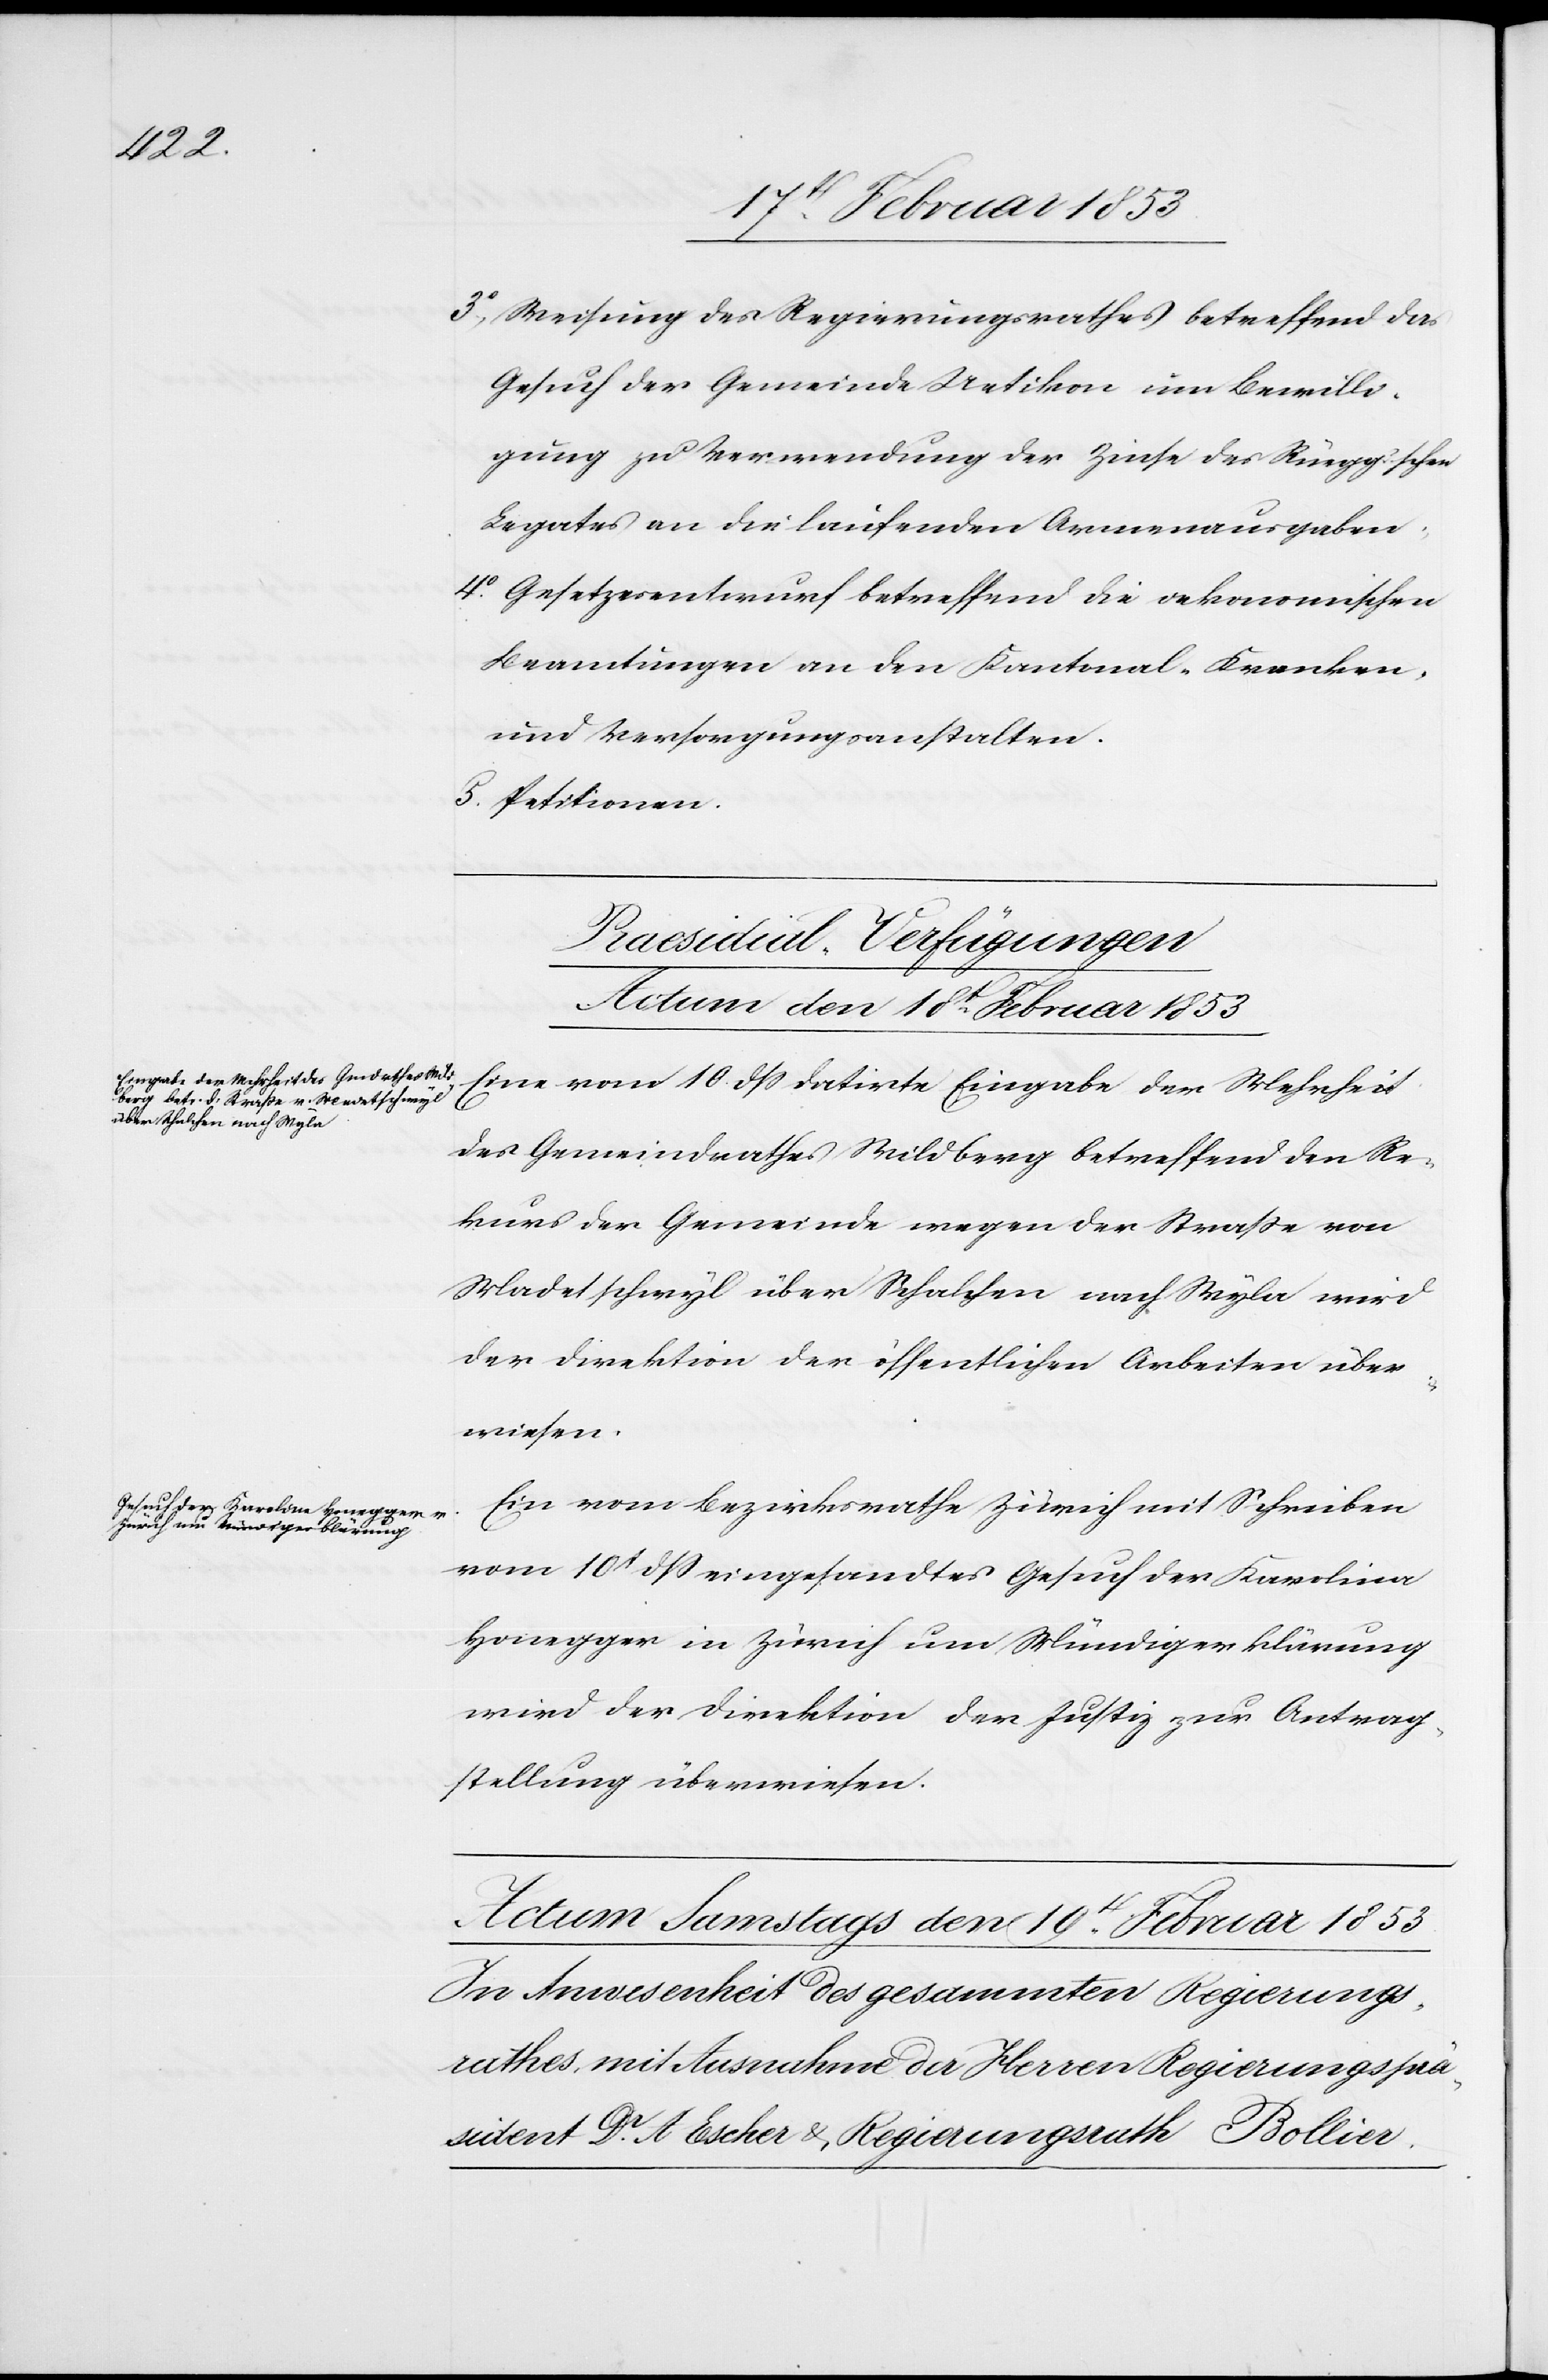
3°, Weisung des Regierungsrathes betreffend das
Gesuch der Gemeinde Uetikon um Bewilli¬
gung zu Verwendung der Zinse des Rüegg’schen
Legates an die laufenden Armenausgaben.
4° Gesetzesentwurf betreffend die oekonomischen
Beamtungen an den Kantonal-Kranken-
und Versorgungsanstalten.
5. Petitionen.
[Praesidial-Verfügungen,
Actum den 18t Februar 1853]
Eine vom 10 dß datirte Eingabe der Mehrheit
des Gemeindrathes Wildberg betreffend den Re¬
kurs der Gemeinde wegen der Straße von
Madetschwyl über Schalchen nach Wyla wird
der Direktion der öffentlichen Arbeiten über¬
wiesen.
Ein vom Bezirksrathe Zürich mit Schreiben
vom 10t. dß eingesandtes Gesuch der Karolina
Honegger in Zürich um Mündigerklärung
wird der Direktion der Justiz zur Antrag¬
stellung überwiesen.